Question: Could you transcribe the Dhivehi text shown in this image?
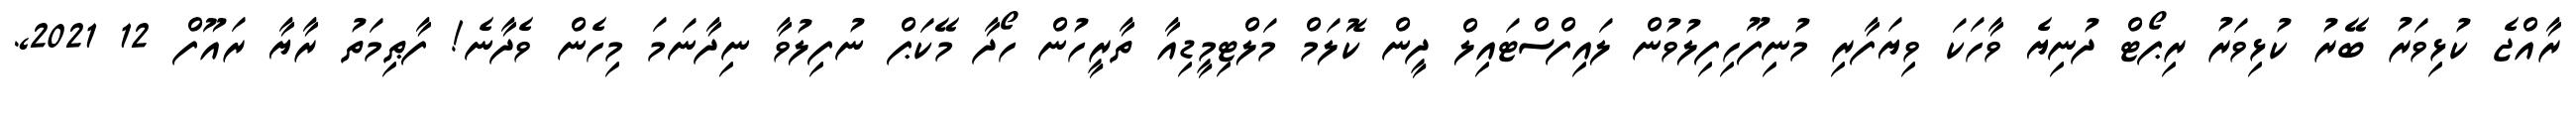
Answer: ރާއްޖެ ކުޅިވަރު ބޭރު ކުޅިވަރު ރިޕޯޓް ދުނިޔެ ވާހަކަ ވިޔަފާރި މުނިފޫހިފިލުވުން ލައިފްސްޓައިލް ދީން ކޮލަމް މަލްޓިމީޑިއާ ތާރީހުން ހޯދާ މޭކަޕް ނުފިލުވާ ނިދާނަމަ މިހެން ވެދާނެ! ފާޠިމަތު ރާޔާ ރައޫފް 12 2021,.